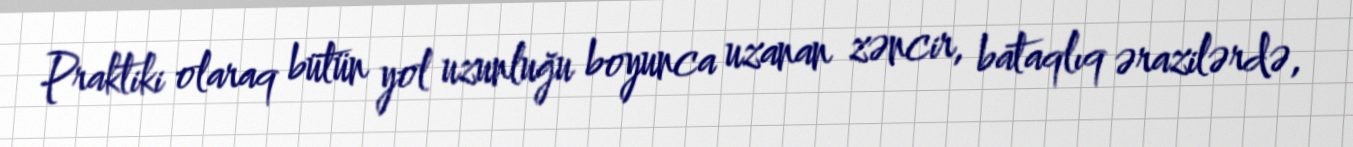
Praktiki olaraq bütün yol uzunluğu boyunca uzanan zəncir, bataqlıq ərazilərdə,